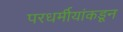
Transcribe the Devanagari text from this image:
परधर्मीयांकडून